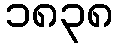
၁၈၃၈